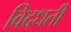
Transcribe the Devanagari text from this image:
विदधतीं